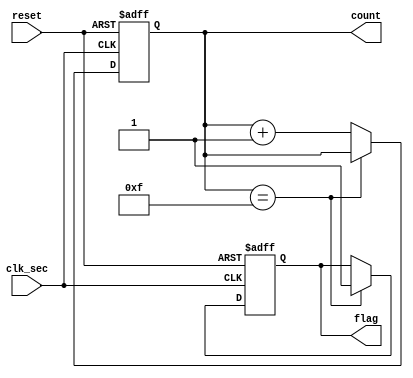
module counter(clk_sec, reset, count, flag);

input clk_sec, reset;
output [3:0]count;
output flag;

reg [3:0]count;
reg flag;

always@(posedge clk_sec or negedge reset) begin
	
	if(!reset) begin
		count <= 0;
		flag <= 0;
	end
	
	else begin
		if(count == 4'd15)
			flag <= 1;
		else
			count <= count + 1;
	end
	
end

endmodule